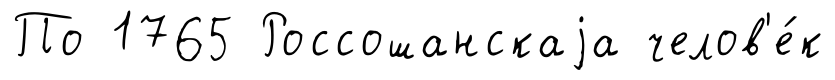
По 1765 Россошанскаjа челов'е́к